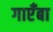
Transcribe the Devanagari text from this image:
गाएँबा